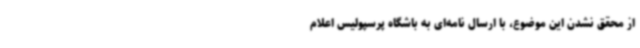
از محقق نشدن این موضوع، با ارسال نامه‌ای به باشگاه پرسپولیس اعلام